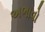
અભાવો